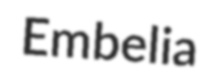
Embelia